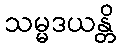
သမ္မဒယန္တိ